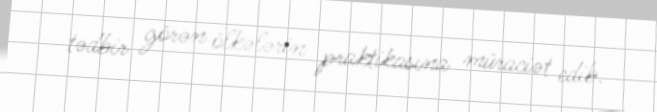
tədbir görən ölkələrin praktikasına müraciət edib.